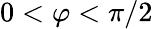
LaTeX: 0<\varphi<\pi/2